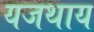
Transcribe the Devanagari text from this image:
यजथाय